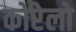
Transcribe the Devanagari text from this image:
कोरेलो